Annual report of the Imperial Bacteriological Laboratory, Muktesar
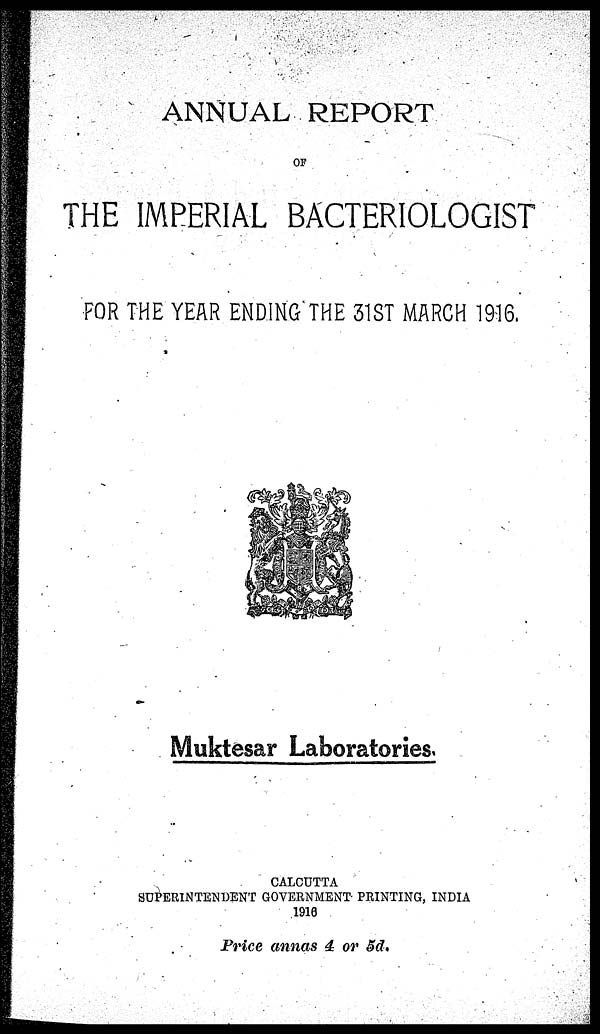
ANNUAL REPORT
OF
THE IMPERIAL BACTERIOLOGIST
FOR THE YEAR ENDING THE 31ST MARCH 1916.
Muktesar Laboratories.
CALCUTTA
SUPERINTENDENT GOVERNMENT PRINTING, INDIA
1916
Price annas 4 or 5d.